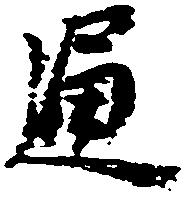
通